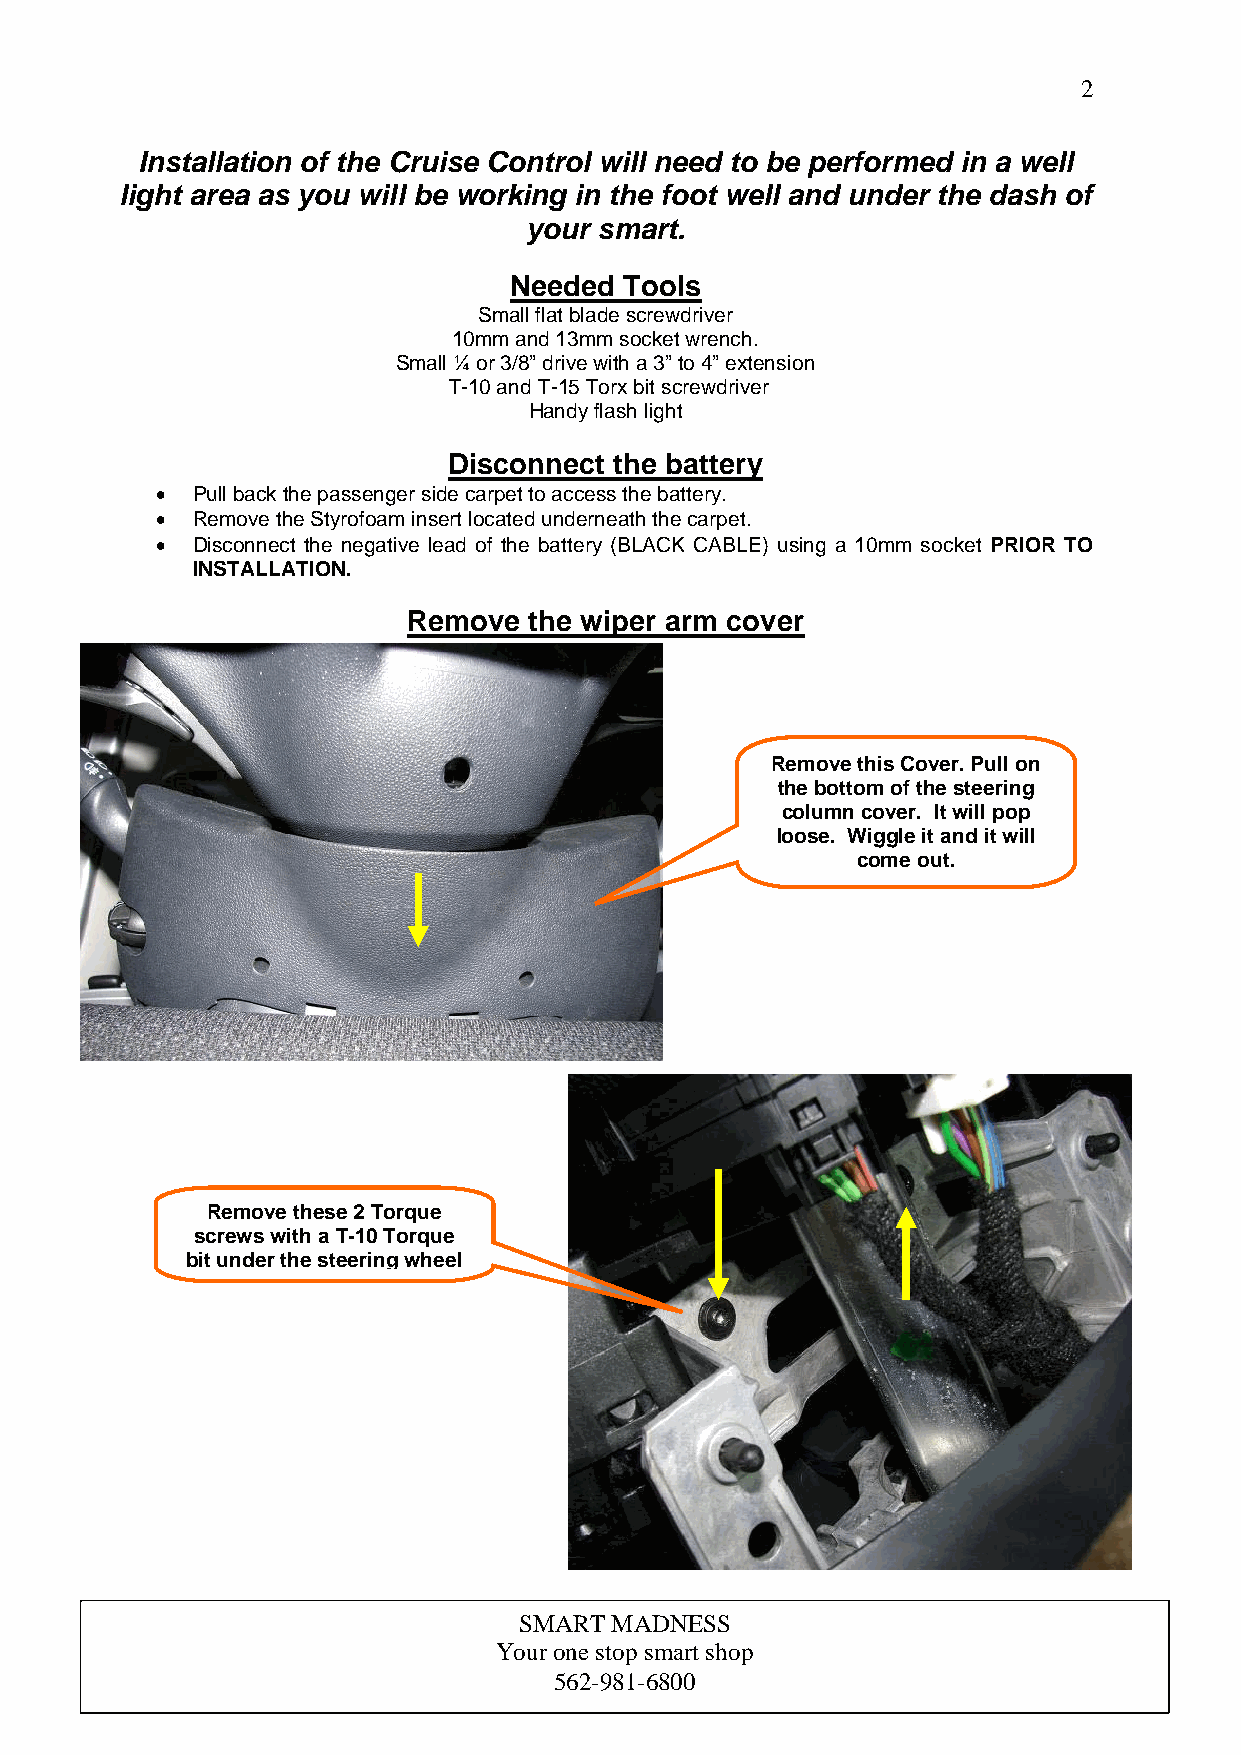
2
 Installation of the Cruise Control will need to be performed in a well
 light area as you will be working in the foot well and under the dash of
 your smart.
 Needed Tools
 Small flat blade screwdriver
 10mm and 13mm socket wrench.
 Small ¼ or 3/8” drive with a 3” to 4” extension
 T-10 and T-15 Torx bit screwdriver
 Handy flash light
 Disconnect the battery
 •  Pull back the passenger side carpet to access the battery.
 •  Remove the Styrofoam insert located underneath the carpet.
 •  Disconnect the negative lead of the battery (BLACK CABLE) using a 10mm socket PRIOR TO
 INSTALLATION.
 Remove  the wiper arm cover
 Remove this Cover. Pull on
 the bottom of the steering
 column cover. It will pop
 loose. Wiggle it and it will
 come out.
 Remove thes e 2 Torque
 screws with a T-10 Torque
 bit under the st eering wheel
 SMART MADNESS
 Your one s top smart shop
 562-981-6800